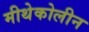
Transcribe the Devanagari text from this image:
मीथेकोलीन